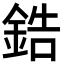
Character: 鋯